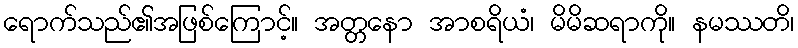
ရောက်သည်၏အဖြစ်ကြောင့်။ အတ္တနော အာစရိယံ၊ မိမိဆရာကို။ နမဿတိ၊